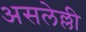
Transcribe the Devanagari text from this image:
असलेल्ली